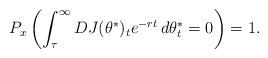
LaTeX: \begin{align*}P_x\left(\int_{\tau}^{\infty}DJ(\theta^*)_te^{-rt}\,d\theta_t^* =0 \right)=1. \end{align*}